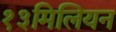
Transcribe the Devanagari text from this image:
१३मिलियन